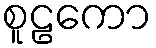
စူဠကော